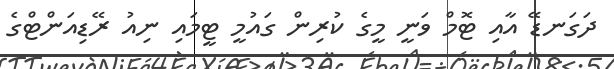
ދަގަނޑޭ އާއި ޓޮމް ވަނީ މީގެ ކުރިން ގައުމީ ޓީމައި ނިއު ރޭޑިއަންޓްގެ